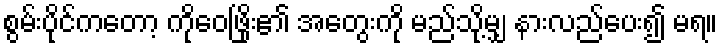
စွမ်းပိုင်ကတော့ ကိုဝေဖြိုး၏ အတွေးကို မည်သို့မျှ နားလည်ပေး၍ မရ။